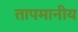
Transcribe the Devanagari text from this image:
तापमानीय